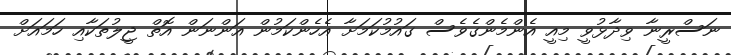
ނަސްރީނާ ވިދާޅުވީ މިއީ އެންމެންގެވެސް ގައުމުކަމަށާ އެހެންކަމުން އަންނަން އޮތް ޖީލުތަކާއި ހަމައަށް